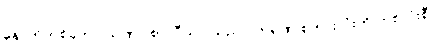
နောက်တစ်ခုက ပိသုဏဝါစာ၊ ပီယ - သုည - ကရဏ စကားလုံးကို တစ်လုံးစီ